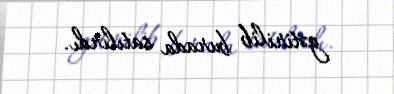
gətirilib burada satılırdı.